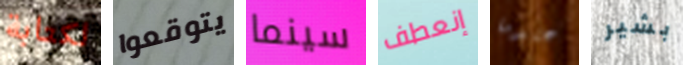
لكتابة يتوقعوا سينما إنعطف عندما بشير